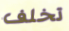
تخلف